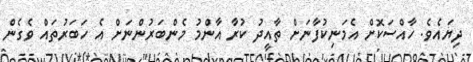
ދިޔައެވެ. ހާއްސަކޮށް އެމަނިކުފާނަށް ތާއީދު ކުރާ އާންމު މެންބަރުންނަށް އެ ހަބަރުތައް ވެގެން